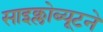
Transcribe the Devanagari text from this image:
साइक्लोब्यूटने